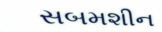
સબમશીન